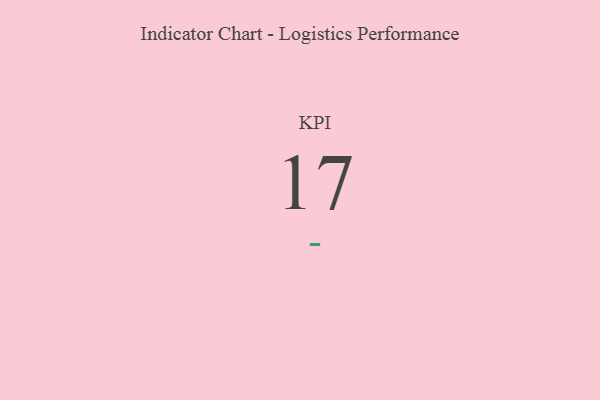
{"axis": {"x": "KPI", "y": "Value"}, "legend": [""], "data": [{"x": "KPI", "y": 17, "type": ""}]}